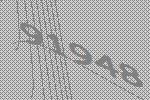
91948